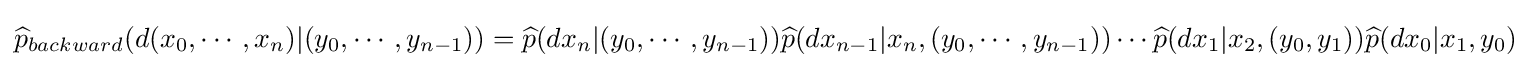
{\begin{aligned}{\widehat {p}}_{backward}(d(x_{0},\cdots ,x_{n})|(y_{0},\cdots ,y_{n-1}))={\widehat {p}}(dx_{n}|(y_{0},\cdots ,y_{n-1})){\widehat {p}}(dx_{n-1}|x_{n},(y_{0},\cdots ,y_{n-1}))\cdots {\widehat {p}}(dx_{1}|x_{2},(y_{0},y_{1})){\widehat {p}}(dx_{0}|x_{1},y_{0})\end{aligned}}